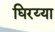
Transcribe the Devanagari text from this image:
घिरय्या